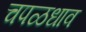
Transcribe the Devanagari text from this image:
चपळधाव